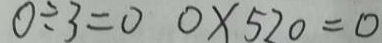
0 \div 3 = 0 0 \times 5 2 0 = 0